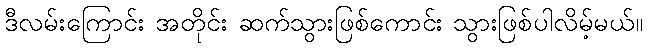
ဒီလမ်းကြောင်း အတိုင်း ဆက်သွားဖြစ်ကောင်း သွားဖြစ်ပါလိမ့်မယ်။